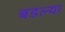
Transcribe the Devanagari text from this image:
बडल्या